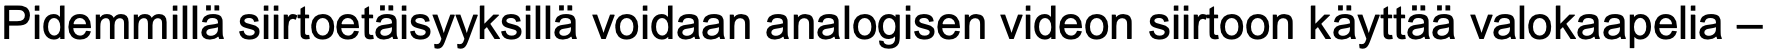
Pidemmillä siirtoetäisyyksillä voidaan analogisen videon siirtoon käyttää valokaapelia –